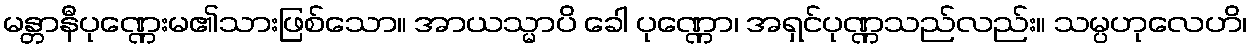
မန္တာနီပုဏ္ဏေးမ၏သားဖြစ်သော။ အာယသ္မာပိ ခေါ ပုဏ္ဏော၊ အရှင်ပုဏ္ဏသည်လည်း။ သမ္ပဟုလေဟိ၊